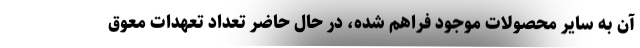
آن به سایر محصولات موجود فراهم شده، در حال حاضر تعداد تعهدات معوق